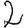
Digit: 2